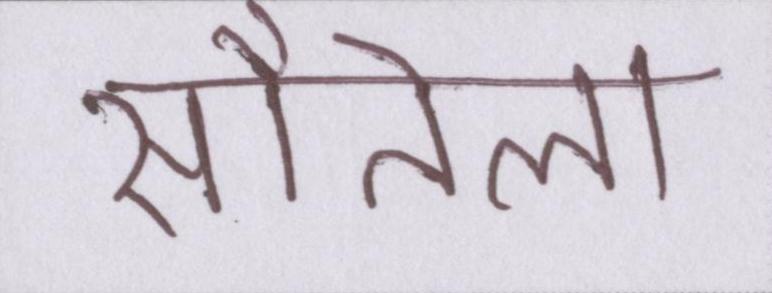
सौतेला